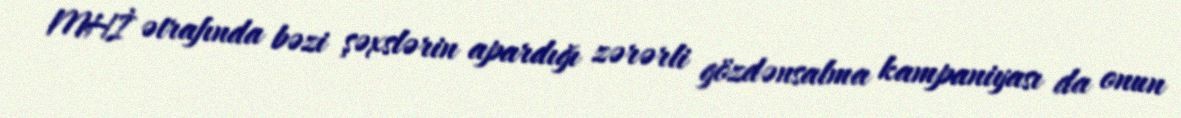
MHİ ətrafında bəzi şəxslərin apardığı zərərli gözdənsalma kampaniyası da onun